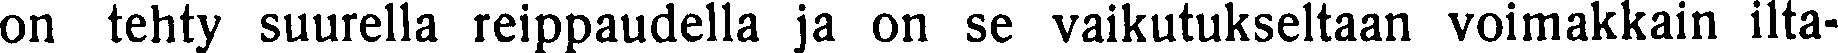
on tehty suurella reippaudella ja on se vaikutukseltaan voimakkain ilta-